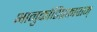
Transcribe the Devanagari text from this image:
भानुकोटिप्रकाशम्